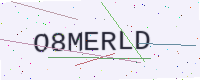
Text: O8MERLD